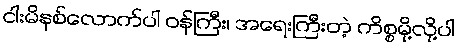
ငါးမိနစ်လောက်ပါ ဝန်ကြီး၊ အရေးကြီးတဲ့ ကိစ္စမို့လို့ပါ